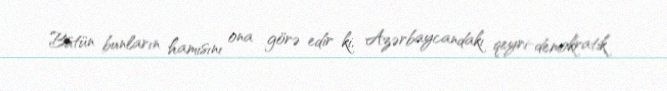
Bütün bunların hamısını ona görə edir ki, Azərbaycandakı qeyri-demokratik